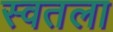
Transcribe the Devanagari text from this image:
स्वतला